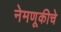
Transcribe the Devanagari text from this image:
नेमणूकीचे